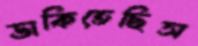
ডাকিতেছিস